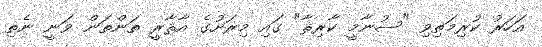
އަހަރު ކުރިމަތިވި "ސުނާމީ ކާރިޘާ" ގައި މިރަށުގެ އާޘާރީ ތަންތަން ވަނީ ނެތި